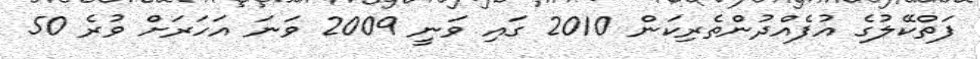
ފަތްކޭލުގެ އުފެއްދުންތެރިކަން 2010 ގައި ވަނީ 2009 ވަނަ އަހަރަށް ވުރެ 50